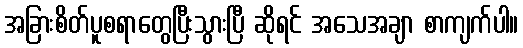
အခြားစိတ်ပူစရာတွေပြီးသွားပြီ ဆိုရင် အသေအချာ စာကျက်ပါ။